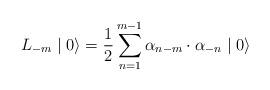
LaTeX: \begin{align*}L_{-m} \mid 0 \rangle = \frac {1} {2} \sum\limits_{n=1}^{m-1}{\alpha}_{n-m} \cdot {\alpha}_{-n} \mid 0 \rangle\end{align*}